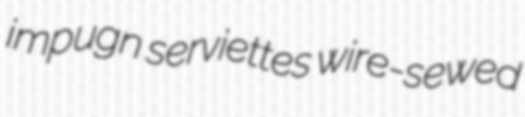
impugn serviettes wire-sewed